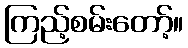
ကြည့်စမ်းတော့်။